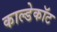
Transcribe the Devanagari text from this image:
काल्डेकॉट